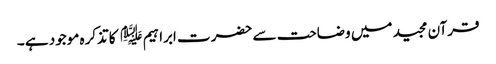
قرآن مجید میں وضاحت سے حضرت ابراہیم ﷤ کا تذکرہ موجود ہے ۔